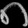
Digit: ၈